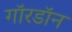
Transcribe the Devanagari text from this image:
गॉरडॉन